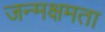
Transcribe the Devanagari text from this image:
जन्मक्षमता